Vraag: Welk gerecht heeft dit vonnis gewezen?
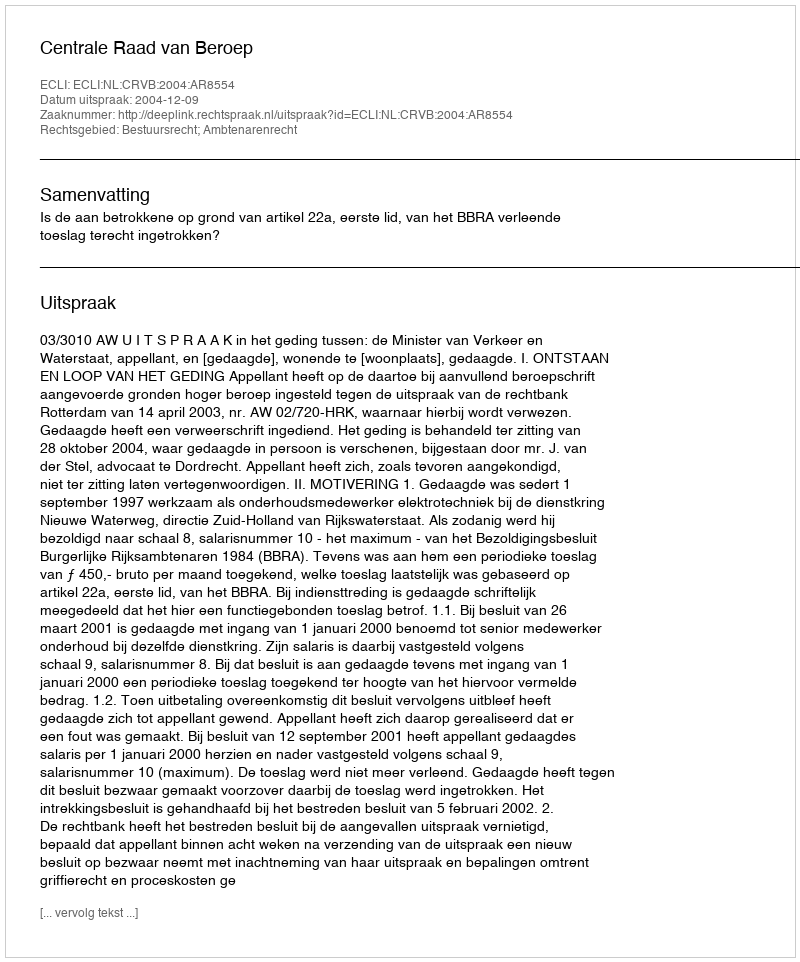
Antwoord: Centrale Raad van Beroep